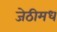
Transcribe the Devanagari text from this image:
जेठीमध